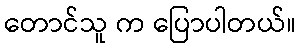
တောင်သူ က ပြောပါတယ်။